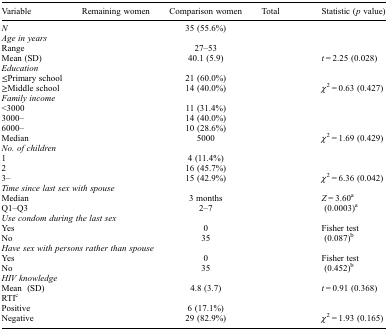
<table><thead><tr><td><b>Variable</b></td><td><b>Remaining women</b></td><td><b>Comparison women</b></td><td><b>Total</b></td><td><b>Statistic (<i>p</i> value)</b></td></tr></thead><tbody><tr><td><i>N</i></td><td>[EMPTY_CELL]</td><td>35 (55.6%)</td><td>[EMPTY_CELL]</td><td>[EMPTY_CELL]</td></tr><tr><td colspan="5"><i>Age in years</i></td></tr><tr><td>Range</td><td>[EMPTY_CELL]</td><td>27–53</td><td>[EMPTY_CELL]</td><td>[EMPTY_CELL]</td></tr><tr><td>Mean (SD)</td><td>[EMPTY_CELL]</td><td>40.1 (5.9)</td><td>[EMPTY_CELL]</td><td><i>t</i> = 2.25 (0.028)</td></tr><tr><td colspan="5"><i>Education</i></td></tr><tr><td>≤Primary school</td><td>[EMPTY_CELL]</td><td>21 (60.0%)</td><td>[EMPTY_CELL]</td><td>[EMPTY_CELL]</td></tr><tr><td>≥Middle school</td><td>[EMPTY_CELL]</td><td>14 (40.0%)</td><td>[EMPTY_CELL]</td><td><i>χ</i><sup>2</sup> = 0.63 (0.427)</td></tr><tr><td colspan="5"><i>Family income</i></td></tr><tr><td>&lt;3000</td><td>[EMPTY_CELL]</td><td>11 (31.4%)</td><td>[EMPTY_CELL]</td><td>[EMPTY_CELL]</td></tr><tr><td>3000–</td><td>[EMPTY_CELL]</td><td>14 (40.0%)</td><td>[EMPTY_CELL]</td><td>[EMPTY_CELL]</td></tr><tr><td>6000–</td><td>[EMPTY_CELL]</td><td>10 (28.6%)</td><td>[EMPTY_CELL]</td><td>[EMPTY_CELL]</td></tr><tr><td>Median</td><td>[EMPTY_CELL]</td><td>5000</td><td>[EMPTY_CELL]</td><td><i>χ</i><sup>2</sup> = 1.69 (0.429)</td></tr><tr><td colspan="5"><i>No. of children</i></td></tr><tr><td>1</td><td>[EMPTY_CELL]</td><td>4 (11.4%)</td><td>[EMPTY_CELL]</td><td>[EMPTY_CELL]</td></tr><tr><td>2</td><td>[EMPTY_CELL]</td><td>16 (45.7%)</td><td>[EMPTY_CELL]</td><td>[EMPTY_CELL]</td></tr><tr><td>3–</td><td>[EMPTY_CELL]</td><td>15 (42.9%)</td><td>[EMPTY_CELL]</td><td><i>χ</i><sup>2</sup> = 6.36 (0.042)</td></tr><tr><td colspan="5"><i>Time since last sex with spouse</i></td></tr><tr><td>Median</td><td>[EMPTY_CELL]</td><td>3 months</td><td>[EMPTY_CELL]</td><td><i>Z</i> = 3.60<sup>a</sup></td></tr><tr><td>Q1–Q3</td><td>[EMPTY_CELL]</td><td>2–7</td><td>[EMPTY_CELL]</td><td>(0.0003)<sup>a</sup></td></tr><tr><td colspan="5"><i>Use condom during the last sex</i></td></tr><tr><td>Yes</td><td>[EMPTY_CELL]</td><td>0</td><td>[EMPTY_CELL]</td><td>Fisher test</td></tr><tr><td>No</td><td>[EMPTY_CELL]</td><td>35</td><td>[EMPTY_CELL]</td><td>(0.087)<sup>b</sup></td></tr><tr><td colspan="5"><i>Have sex with persons rather than spouse</i></td></tr><tr><td>Yes</td><td>[EMPTY_CELL]</td><td>0</td><td>[EMPTY_CELL]</td><td>Fisher test</td></tr><tr><td>No</td><td>[EMPTY_CELL]</td><td>35</td><td>[EMPTY_CELL]</td><td>(0.452)<sup>b</sup></td></tr><tr><td colspan="5"><i>HIV knowledge</i></td></tr><tr><td>Mean (SD)</td><td>[EMPTY_CELL]</td><td>4.8 (3.7)</td><td>[EMPTY_CELL]</td><td><i>t</i> = 0.91 (0.368)</td></tr><tr><td colspan="5">RTI<sup>c</sup></td></tr><tr><td>Positive</td><td>[EMPTY_CELL]</td><td>6 (17.1%)</td><td>[EMPTY_CELL]</td><td>[EMPTY_CELL]</td></tr><tr><td>Negative</td><td>[EMPTY_CELL]</td><td>29 (82.9%)</td><td>[EMPTY_CELL]</td><td><i>χ</i><sup>2</sup> = 1.93 (0.165)</td></tr></tbody></table>